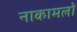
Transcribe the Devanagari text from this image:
नाकामलों